Document type: Dowry acquittance
Year: 1240
Scribe: Pere de Bages
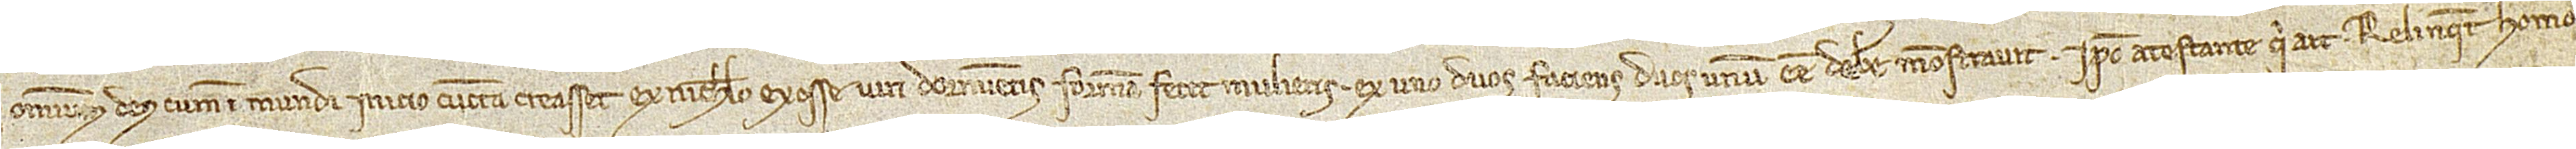
omnium Deus cum in Mundi inicio cuncta creasset ex nichilo ex osse viri dormientis formam fecit mulieris, ex uno duos faciens, duos unum esse debere monstravit, ipso testante qui ait: Relinquet homo